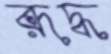
রূদ্ধ